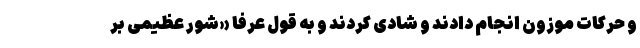
و حرکات موزون انجام دادند و شادی کردند و به قول عرفا «شور عظیمی بر